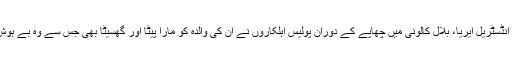
جیو نیوز کے مطابق متاثرہ خاندان کے فرد عرفان علی نے بتایا ہے کہ گزشتہ روز کورنگی انڈسٹریل ایریا، بلال کالونی میں چھاپے کے دوران پولیس اہلکاروں نے ان کی والدہ کو مارا پیٹا اور گھسیٹا بھی جس سے وہ بے ہوش ہوگئیں جب کہ پولیس اہلکار گھر سے 3 لاکھ روپے اور 3 تولہ سونابھی لوٹ کر لے گئے۔